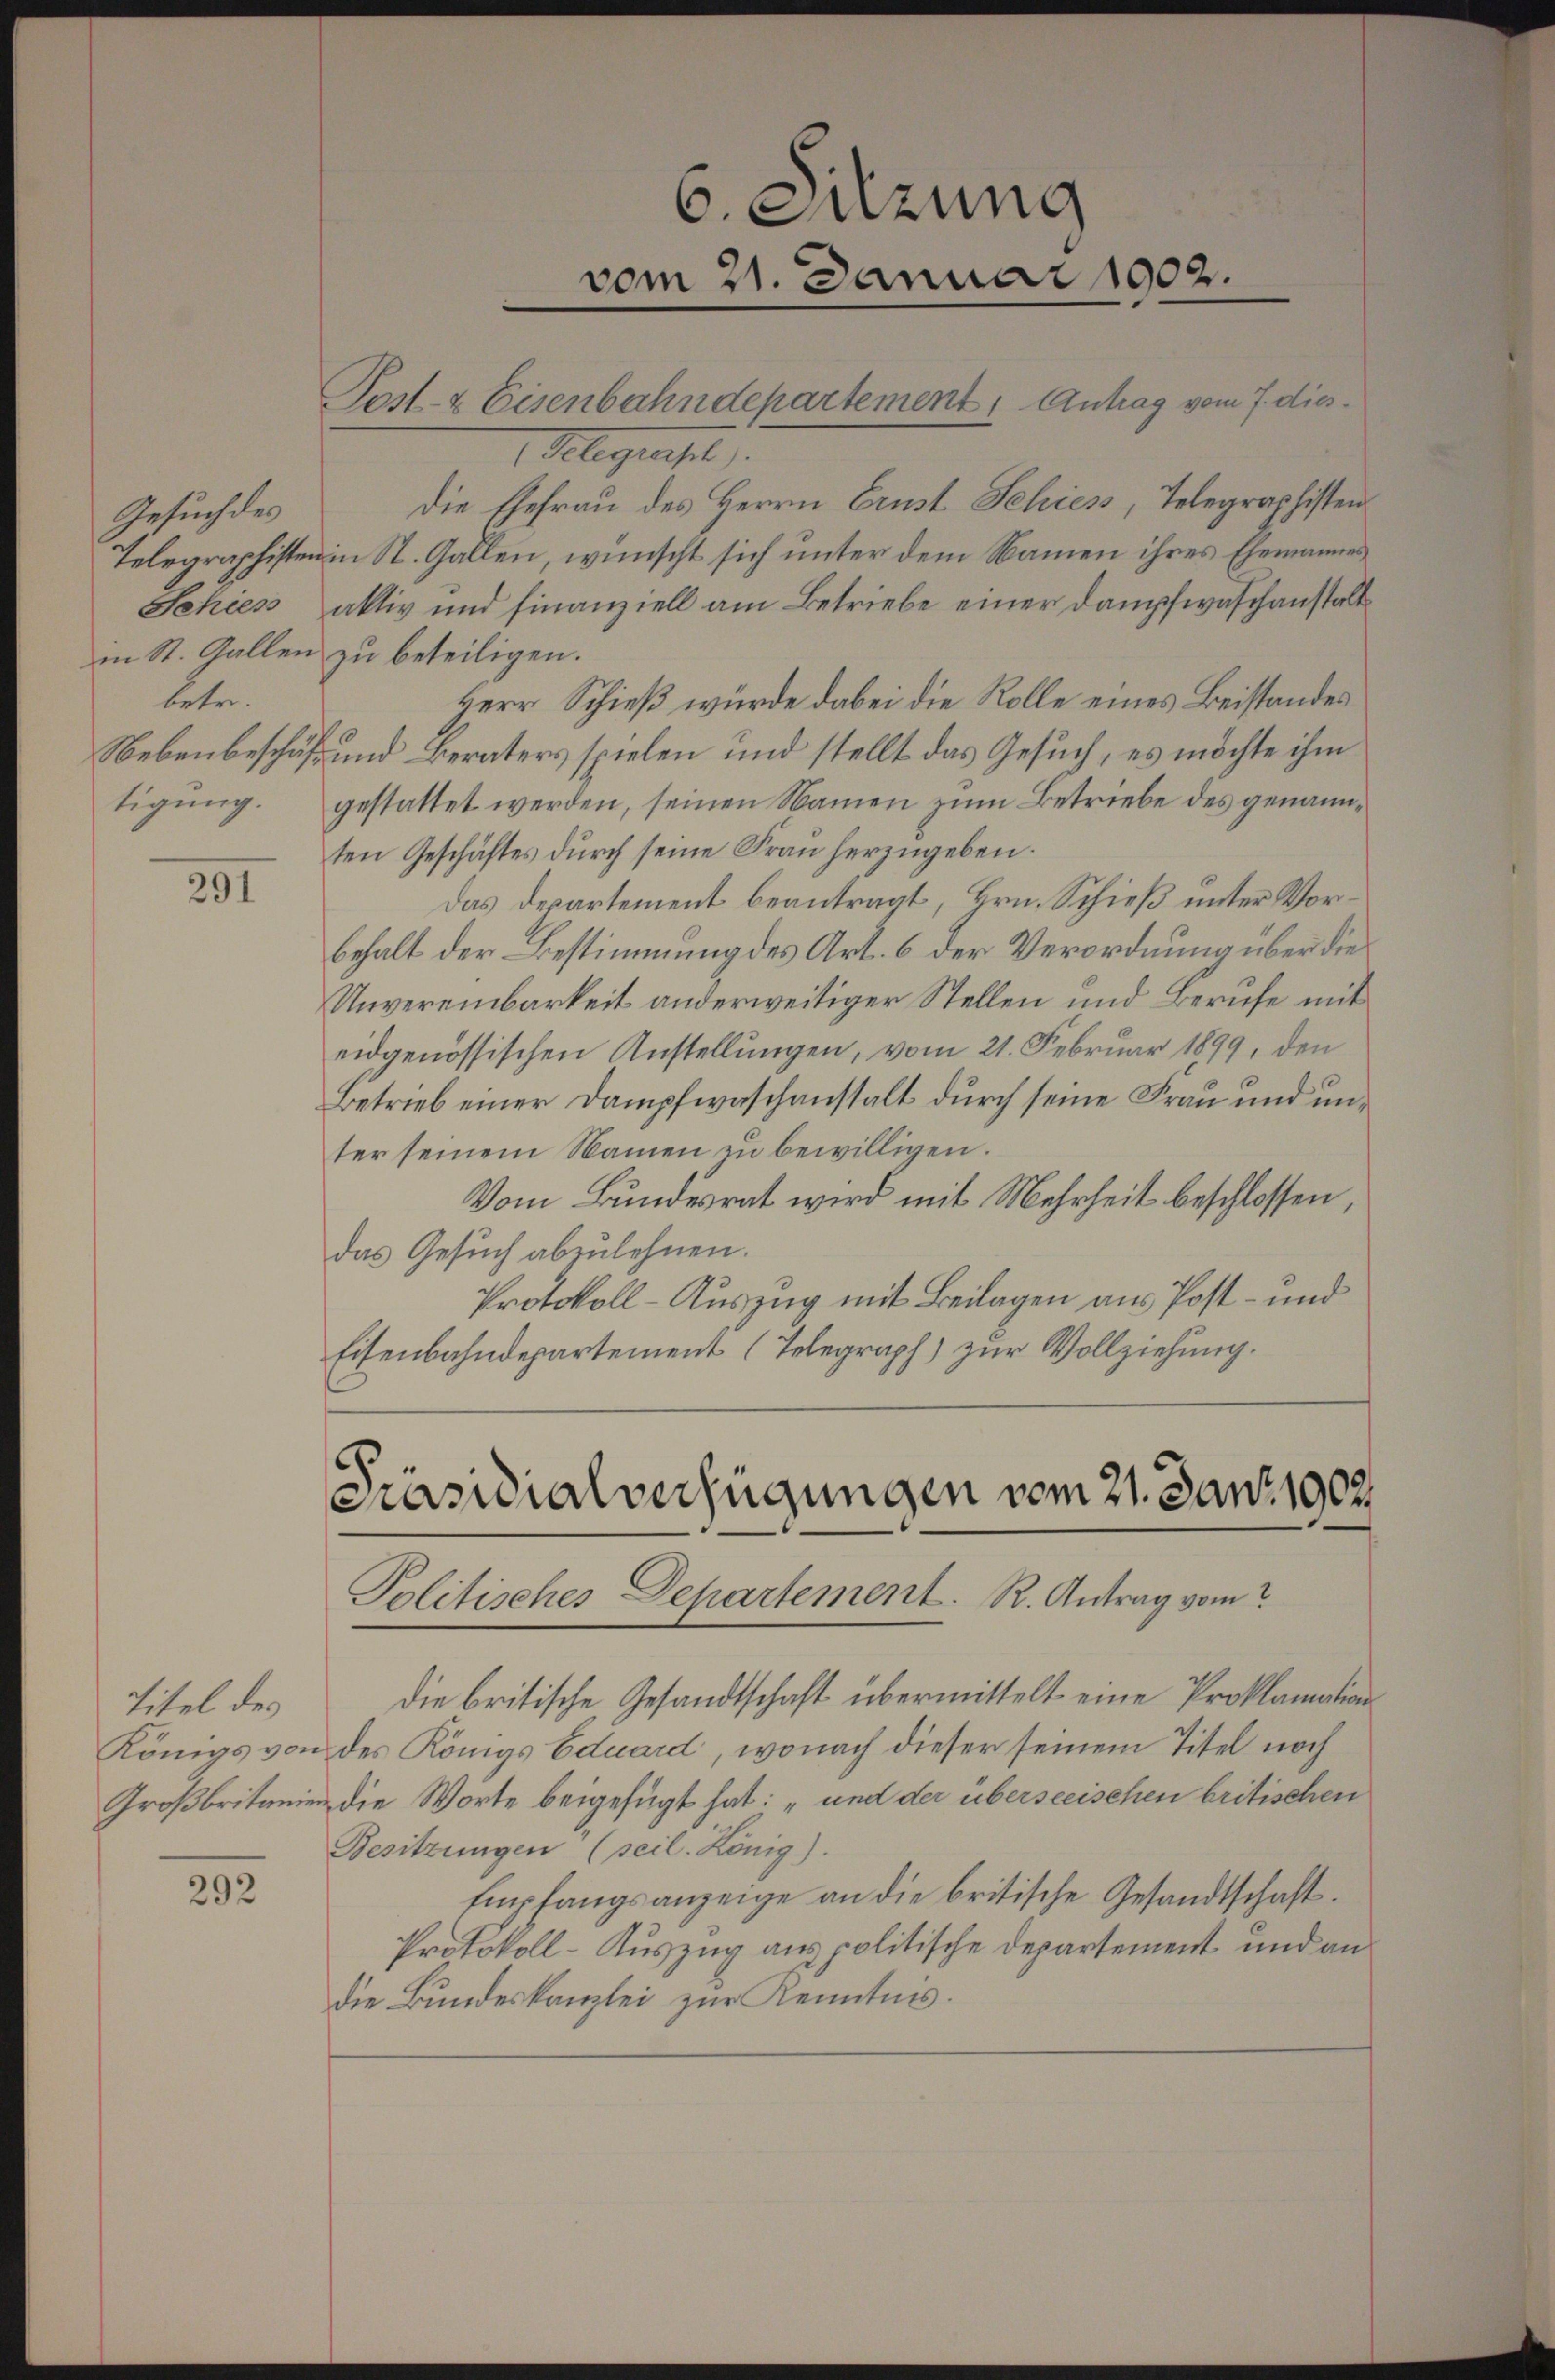
Gesuch des
betr.

291

Titel des
Königs von
Großbritanien

292

Alegensel
die Ehefrau des Herrn Erust Schies, Telegraphisten
Telegraphisten in St. Gallen, wünscht sich unter dem Namen ihres Ehemannes
Schies aktiv und Finanziell am Betriebe einer Dampfwaschanstalt
in St. Gallen zu beteiligen.
Herr Schieß wurde dabei die Rolle eines Beistandes
Nebenbeschäft und Beraters spielen und stellt das Gesuch, es möchte ihm
tigung gestattet werden, seinen Namen zum Betriebe des genannten Geschäftes durch seine Frau herzugeben.
Das Departement beantragt, Hrn. Schieß unter Vorbehalt der Bestimmung des Art. 6 der Verordnung über die
Unvereinbarkeit anderweitiger Stellen und Berufe mit
eidgenössischen Anstellungen, vom 21. Februar 1899, den
Betrieb einer Dampfwaschanstalt durch seine Frau und unter seinem Namen zu bewilligen.
Vom Bundesrat wird mit Mehrheit beschlossen,
das Gesuch abzulehnen.
Protokoll-Auszug mit Beilagen aus Post- und
Eisenbahndepartement (Telegraph) zur Vollziehung.

t

.
Präsidialverfügungen vom 21. Jan. 1902.
Politisches Departement. R. Antrag vom

die britische Gesandtschaft übermittelt eine Proklamation
des Königs Eduard, wonach dieser seinem Titel noch
die Worte beigefügt hat: „und der überseeischen britischen
Besitzungen (seil. König).
Empfangsanzeige an die britische Gesandtschaft.
Protokoll-Auszug aus politische Departement und an
die Bundeskanzlei zur Kenntnis.

6. Sitzung
vom 21. Januar 1902.

Post- & Eisenbahndepartement, Antrag vom 7. dies